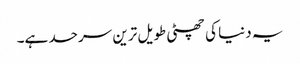
یہ دنیا کی چھٹی طویل ترین سرحد ہے۔